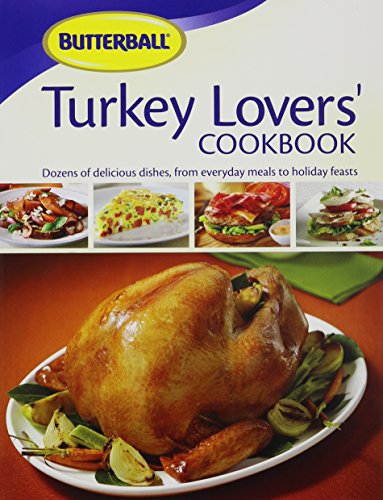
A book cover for Butterball Turkey Lovers' Cookbook; Cookbooks, Food & Wine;